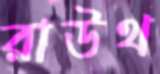
রাউথ